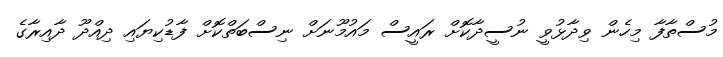
މުސްތާފާ މިހެން ވިދާޅުވީ ނުސީދާކޮށް ރައީސް މައުމޫނަށް ނިސްބަތްކޮށް ފާޑުކިޔައި ދިއްދޫ ދާއިރާގެ